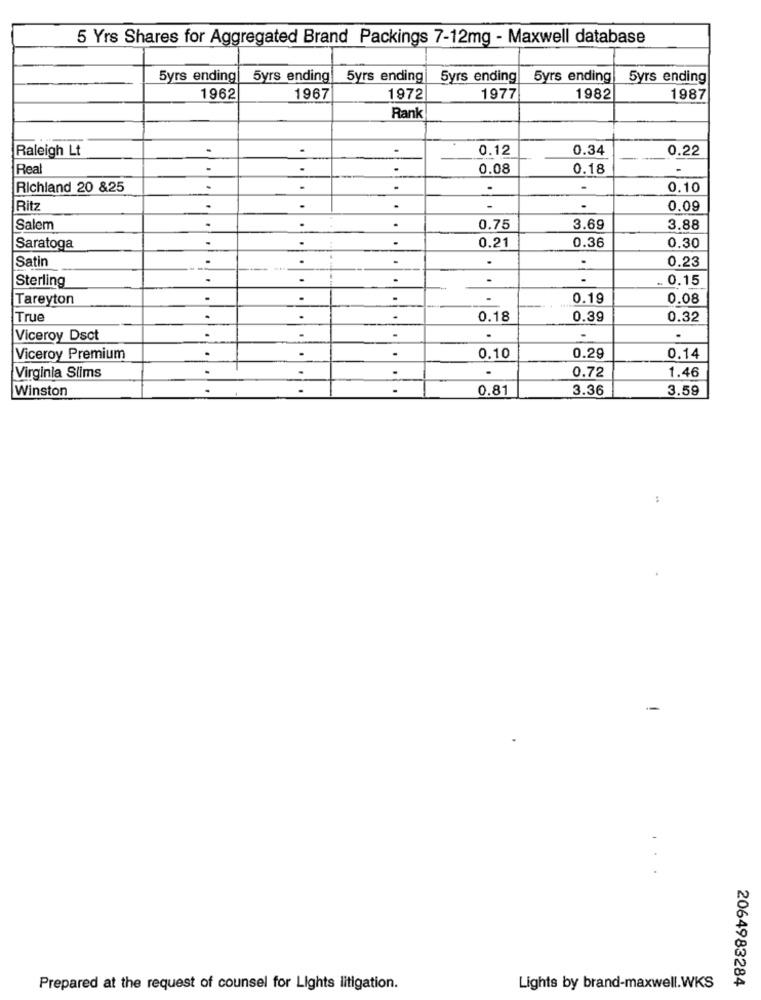
5 Yrs Shares for Aggregated Brand Packings 7-12mg - Maxwell database
5yrs ending
5yrs ending!
5yrs ending
5yrs ending
5yrs ending
5yrs ending
1962
1967
1972
1977
1982
1987
Rank
Raleigh Lt
0.12
0.34
0.22
Real
.
.
.
0.08
0.18
Richland 20 &25
-
.
.
0.10
Ritz
.
-
-
0.09
.
Salem
0.75
3.69
3.88
0.21
0.36
0.30
Saratoga
Satin
.
.
0.23
Sterling
.
-
.
.. 0.15
Tareyton
.
.
0.19
0.08
True
-
0.18
0.39
0.32
Viceroy Dsct
.
.
Viceroy Premium
0.10
0.29
0.14
0.72
1.46
Virginia Slims
Winston
0.81
3.36
3.59
-
Prepared at the request of counsel for Lights litigation.
Lights by brand-maxwell.WKS
2064983284